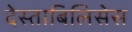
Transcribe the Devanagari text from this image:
देस्ताबिलिसेस